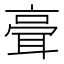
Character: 𦕺